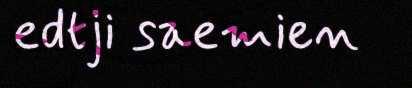
edtji saemien